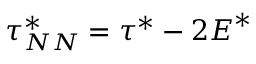
\boldsymbol { \tau } _ { N N } ^ { * } = \boldsymbol { \tau } ^ { * } - 2 \boldsymbol { E } ^ { * }